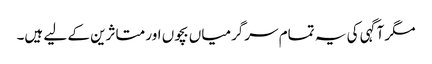
مگر آگہی کی یہ تمام سرگرمیاں بچوں اور متاثرین کے لیے ہیں۔